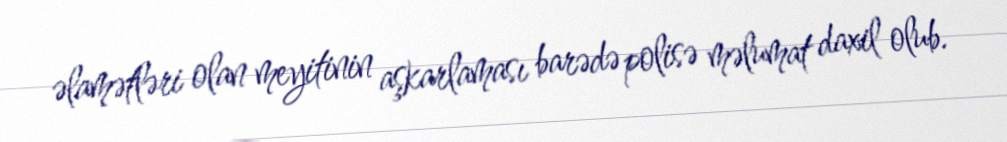
əlamətləri olan meyitinin aşkarlaması barədə polisə məlumat daxil olub.